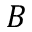
B